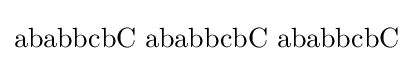
\mathrm {ababbcbC\,\,ababbcbC\,\,ababbcbC}